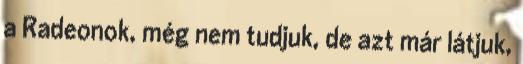
a Radeonok, még nem tudjuk, de azt már látjuk,